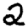
Digit: 2